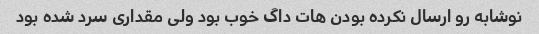
نوشابه رو ارسال نکرده بودن هات داگ خوب بود ولی مقداری سرد شده بود